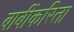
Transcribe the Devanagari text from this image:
बाबींकरिता